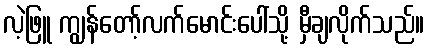
လဲ့ဖြူ ကျွန်တော့်လက်မောင်းပေါ်သို့ မှီချလိုက်သည်။